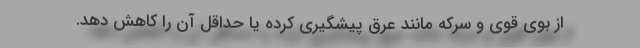
از بوی قوی و سرکه مانند عرق پیشگیری کرده یا حداقل آن را کاهش دهد.